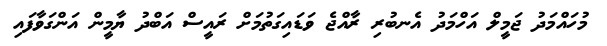
މުހައްމަދު ޖަމީލް އަހްމަދު އެނބުރި ރާއްޖެ ވަޑައިގަތުމަށް ރައީސް އަބްދު ޔާމީން އަންގަވާފައި